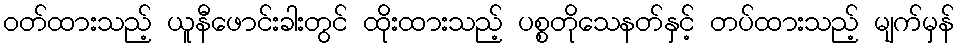
ဝတ်ထားသည့် ယူနီဖောင်းခါးတွင် ထိုးထားသည့် ပစ္စတိုသေနတ်နှင့် တပ်ထားသည့် မျက်မှန်